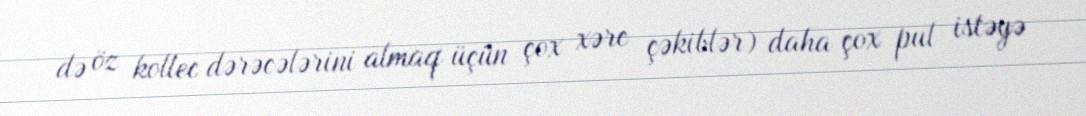
də öz kollec dərəcələrini almaq üçün çox xərc çəkiblər) daha çox pul istəyə